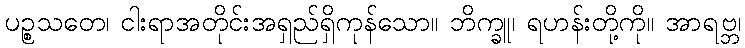
ပဉ္စသတေ၊ ငါးရာအတိုင်းအရှည်ရှိကုန်သော။ ဘိက္ခူ၊ ရဟန်းတို့ကို။ အာရဗ္ဘ၊